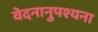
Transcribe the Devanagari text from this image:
वेदनानुपश्यना